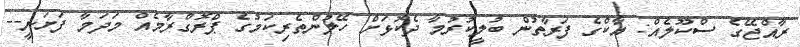
ރާއްޖޭގެ ސްކޫލެއް: އާކްގެ ފަރާތުން ބުލީކުރުމާ ދެކޮޅަށް ހޭލުންތެރިކަމުގެ ޕްރޮގްރާމެއް މަދަމާ ފަށަނީ--